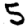
Digit: 5